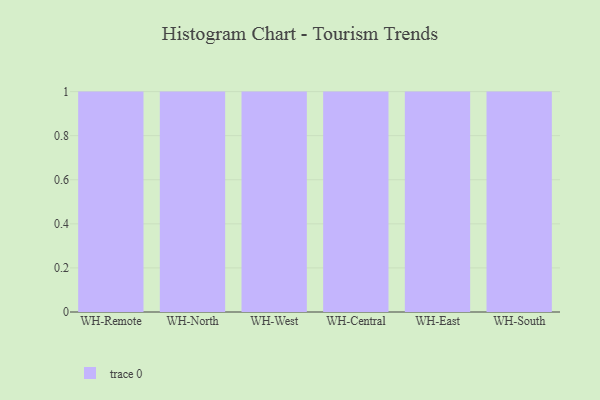
{"axis": {"x": "Warehouse", "y": "Churn Rate (%)"}, "legend": [""], "data": [{"x": "WH-Remote", "y": 77, "type": ""}, {"x": "WH-North", "y": 93, "type": ""}, {"x": "WH-West", "y": 8, "type": ""}, {"x": "WH-Central", "y": 91, "type": ""}, {"x": "WH-East", "y": 59, "type": ""}, {"x": "WH-South", "y": 38, "type": ""}]}